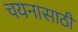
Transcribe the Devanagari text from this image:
चयनासाठी